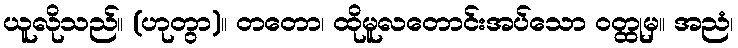
ယူလိုသည်။ (ဟုတွာ)။ တတော၊ ထိုမူလတောင်းအပ်သော ဝတ္ထုမှ။ အညံ၊